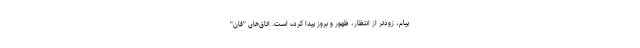
پیام، زودتر از انتظار، ظهور و بروز پیدا کرده است. اتاق‌های "فان"